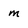
Character: m